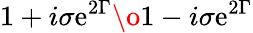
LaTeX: {{1+i\sigma\mathrm{e}^{2\Gamma}}\o{1-i\sigma\mathrm{e}^{2\Gamma}}}